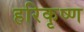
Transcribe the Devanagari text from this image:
हरिकृष्‍ण